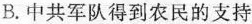
B.中共军队得到农民的支持